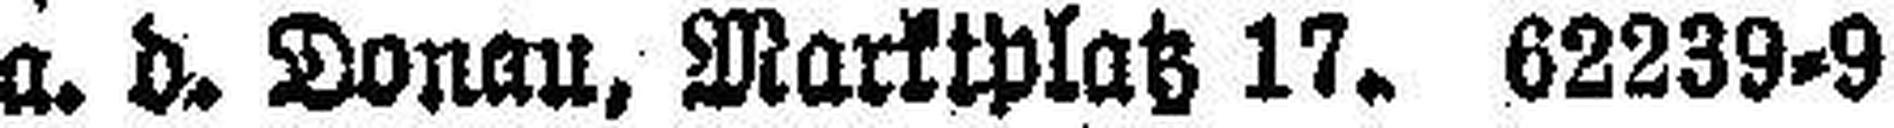
a. d. Donau, Marktplatz 17. 62239=9